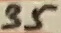
Text: 35